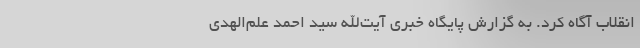
انقلاب آگاه کرد. به گزارش پایگاه خبری آیت‌الله سید احمد علم‌الهدی